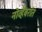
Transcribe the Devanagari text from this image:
नोव्हेंबरांत